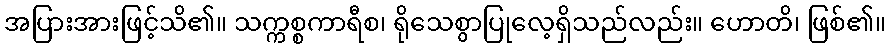
အပြားအားဖြင့်သိ၏။ သက္ကစ္စကာရီစ၊ ရိုသေစွာပြုလေ့ရှိသည်လည်း။ ဟောတိ၊ ဖြစ်၏။